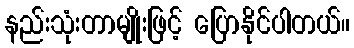
နည်းသုံးတာမျိုးဖြင့် ပြောနိုင်ပါတယ်။